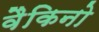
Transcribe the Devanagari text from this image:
वैकिनो